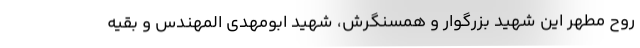
روح مطهر این شهید بزرگوار و همسنگرش، شهید ابومهدی المهندس و بقیه